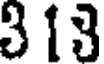
3 13